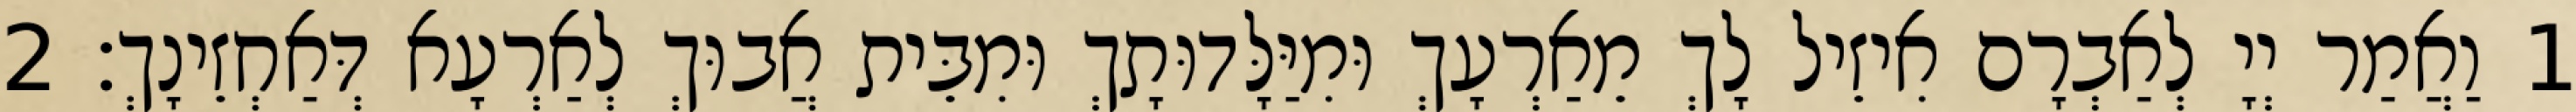
1 וַאֲמַר יְיָ לְאַבְרָם אִיזֵיל לָךְ מֵאַרְעָךְ וּמִיַּלָּדוּתָךְ וּמִבֵּית אֲבוּךְ לְאַרְעָא דְּאַחְזֵינָךְ׃ 2